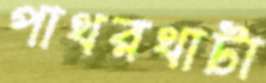
পাথরথাটা